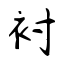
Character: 衬